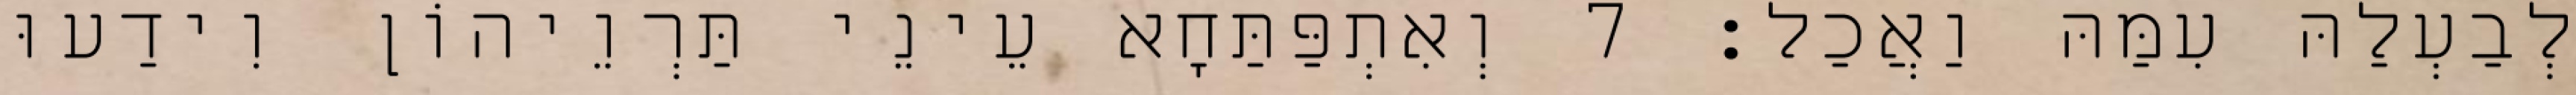
לְבַעְלַהּ עִמַּהּ וַאֲכַל׃ 7 וְאִתְפַּתַּחָא עֵינֵי תַּרְוֵיהוֹן וִידַעוּ